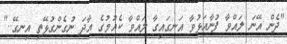
"ދެން އޭނަ ލައްވާ ފުނާއަޅުވާ އަނގައިގާ ލައްވާ ކެއުމުގެ އާދަ ނުގެންގުޅޭތި އިނގޭ.."